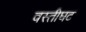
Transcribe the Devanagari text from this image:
वस्तीघट